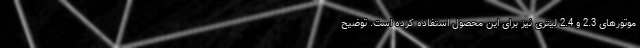
موتورهای 2.3 و 2.4 لیتری نیز برای این محصول استفاده کرده است. توضیح